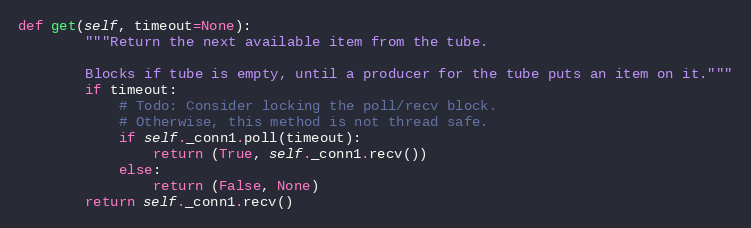
Language: Python
def get(self, timeout=None):
        """Return the next available item from the tube.

        Blocks if tube is empty, until a producer for the tube puts an item on it."""
        if timeout:
            # Todo: Consider locking the poll/recv block.
            # Otherwise, this method is not thread safe.
            if self._conn1.poll(timeout):
                return (True, self._conn1.recv())
            else:
                return (False, None)
        return self._conn1.recv()